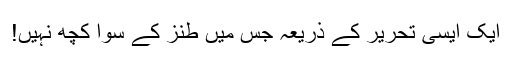
ایک ایسی تحریر کے ذریعہ جس میں طنز کے سوا کچھ نہیں!